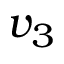
v _ { 3 }